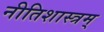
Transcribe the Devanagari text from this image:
नीतिशास्त्रम्‌